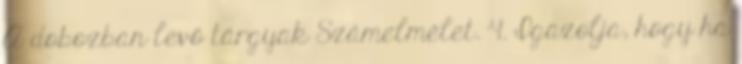
A dobozban levő tárgyak Számelmélet. 4. Igazolja, hogy ha